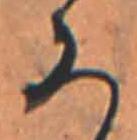
ろ